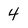
Character: 4